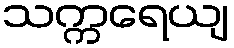
သက္ကရေယျ